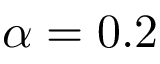
\alpha = 0 . 2